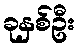
ခုနှစ်ဦး